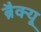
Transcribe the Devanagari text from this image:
ब्रैक्यू